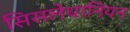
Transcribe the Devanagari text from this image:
सिसलेथानियन